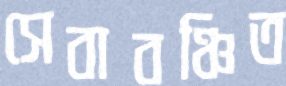
সেবাবঞ্চিত